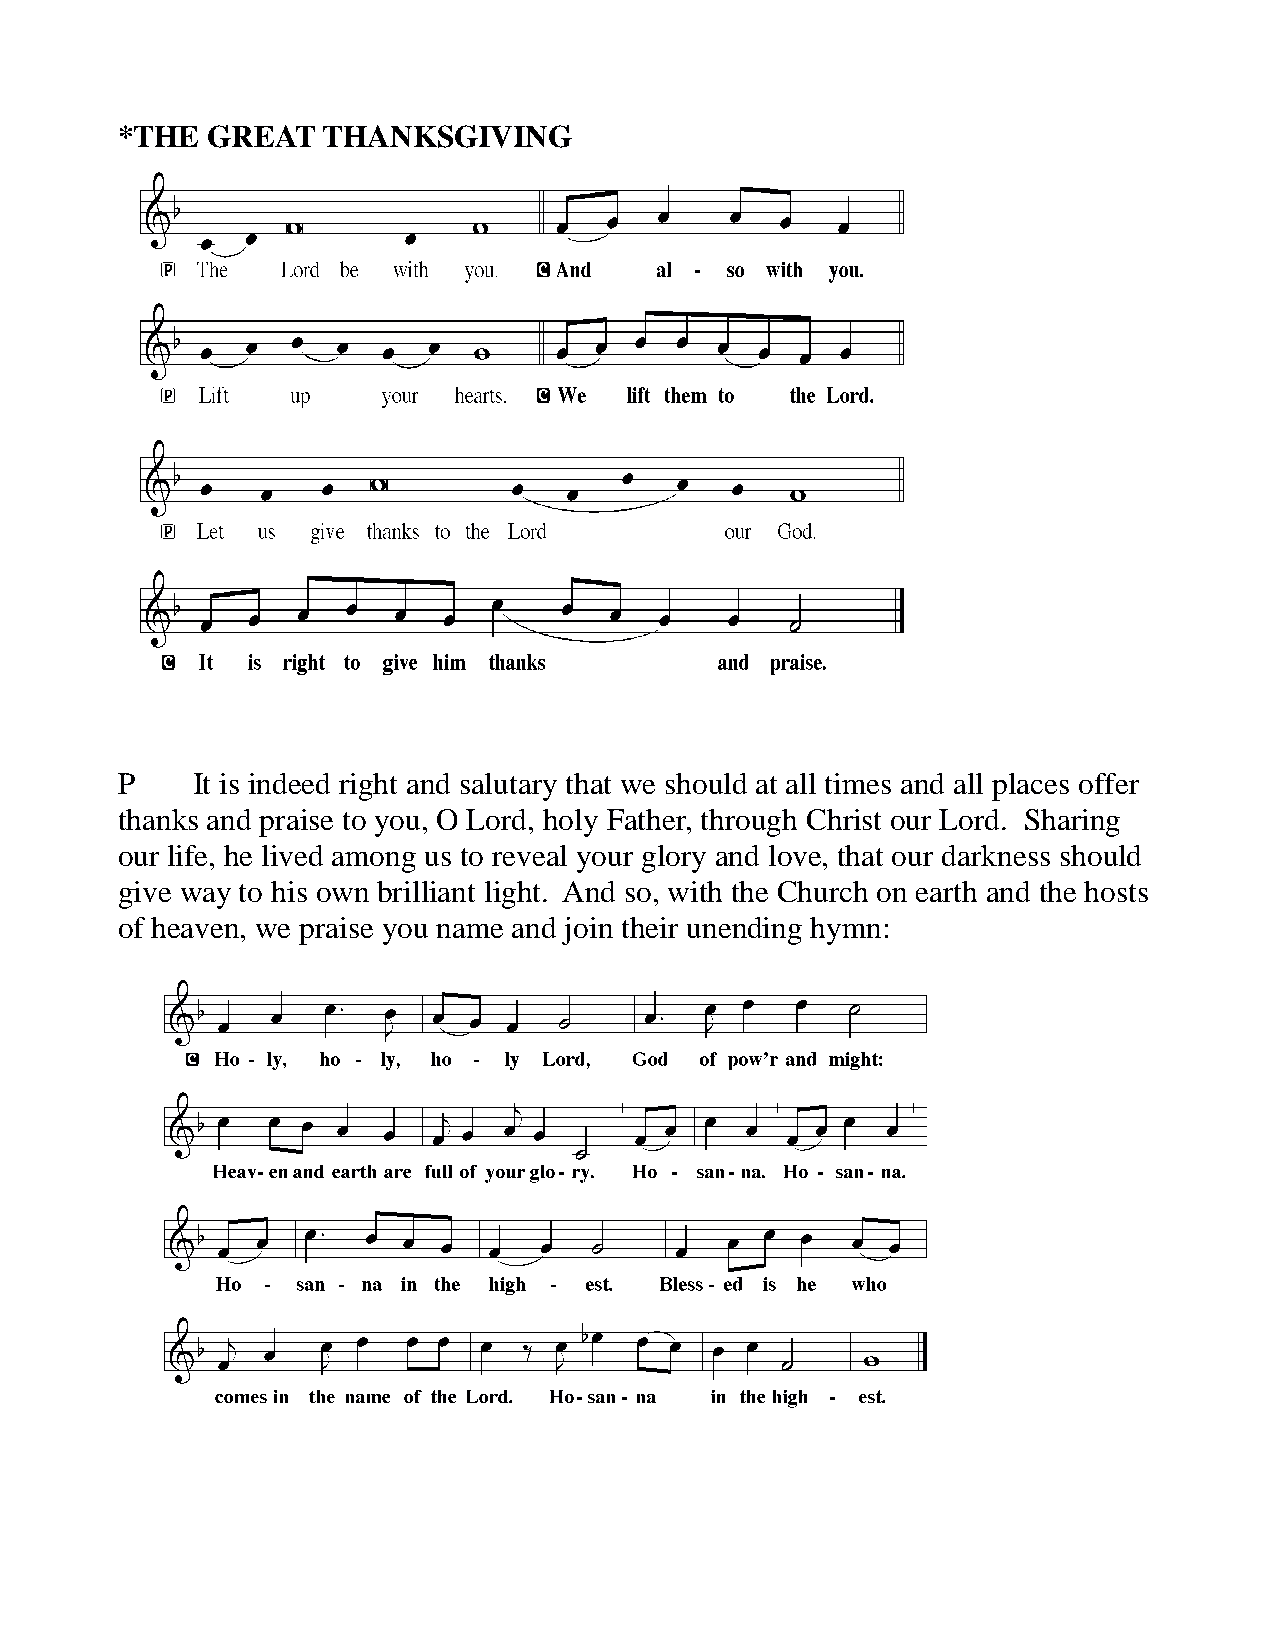
*THE  GREAT  THANKSGIVING
 P    It is indeed right and salutary that we should at all times and all places offer
 thanks and praise to you, O Lord, holy Father, through Christ our Lord. Sharing
 our life, he lived among us to reveal your glory and love, that our darkness should
 give way to his own brilliant light. And so, with the Church on earth and the hosts
 of heaven, we praise you name and join their unending hymn: